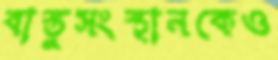
বাস্তুসংস্থানকেও